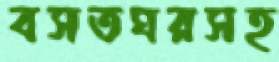
বসতঘরসহ